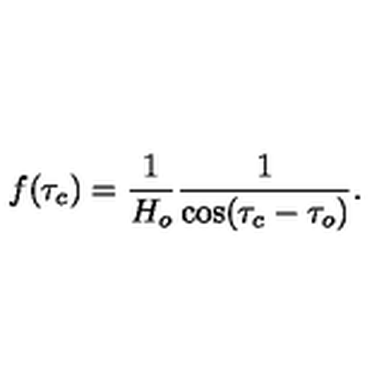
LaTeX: f ( \tau _ { c } ) = \frac { 1 } { H _ { o } } \frac { 1 } { \cos ( \tau _ { c } - \tau _ { o } ) } .